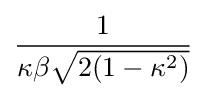
{\frac {1}{\kappa \beta {\sqrt {2(1-\kappa ^{2})}}}}